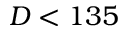
D < 1 3 5